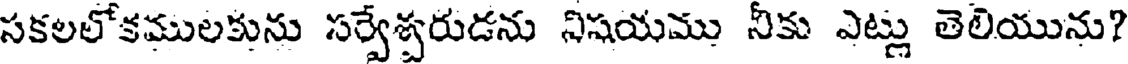
సకలలోకములకును సర్వేశ్వరుడను నిషయము నీకు ఎట్లు తెలియును?